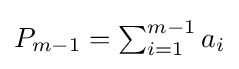
{\textstyle P_{m-1}=\sum _{i=1}^{m-1}a_{i}}